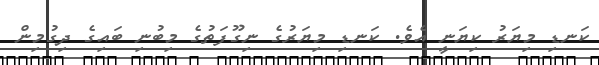
ކަނޑި މިޔަރު ކިޔަނީ އެވެ. ކަނޑި މިޔަރުގެ ނިގޫފަތުގެ މިބުނި ބައިގެ ދިގުމިން